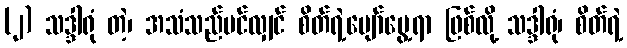
(၂) သဒ္ဒါရုံ တဲ့၊ အသံသည်ပင်လျှင် စိတ်ရဲ့ပျော်မွေ့ရာ ဖြစ်လို့ သဒ္ဒါရုံ၊ စိတ်ရဲ့